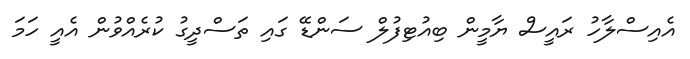
އެއިސްލާހު ރައީސް ޔާމީން ބިއުޓިފުލް ސަންޑޭ ގައި ތަސްދީގު ކުރެއްވުން އެއީ ހަމަ